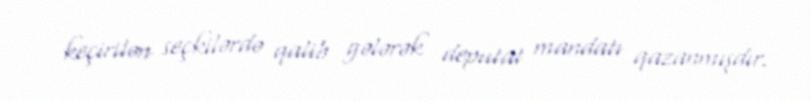
keçirilən seçkilərdə qalib gələrək deputat mandatı qazanmışdır.